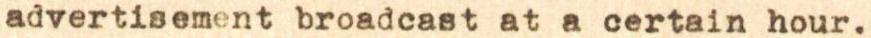
advertisement broadcast at a certain hour.